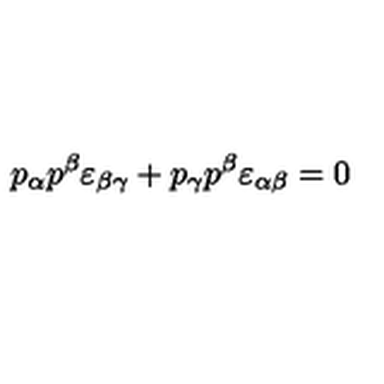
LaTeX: p _ { \alpha } p ^ { \beta } \varepsilon _ { \beta \gamma } + p _ { \gamma } p ^ { \beta } \varepsilon _ { \alpha \beta } = 0